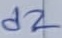
Text: d2